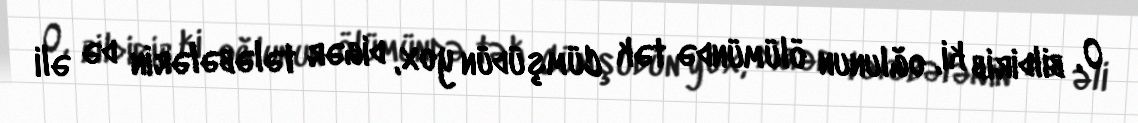
O, bildirib ki, oğlunun ölümündə tək Cümşüdün yox, digər tələbələrin də əli